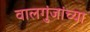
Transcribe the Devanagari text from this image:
वालगुंजांच्या